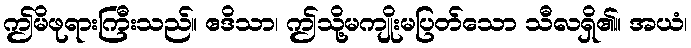
ဤမိဖုရားကြီးသည်။ ဧဒိသာ၊ ဤသို့မကျိုးမပြတ်သော သီလရှိ၏။ အယံ၊